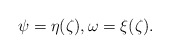
\begin{align*}\psi = \eta(\zeta), \omega= \xi(\zeta).\end{align*}